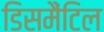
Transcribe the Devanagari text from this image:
डिसमैंटिल